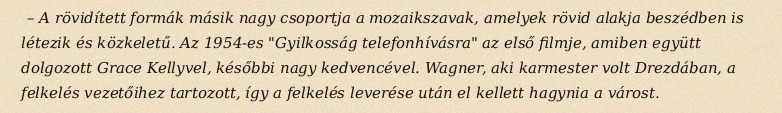
– A rövidített formák másik nagy csoportja a mozaikszavak, amelyek rövid alakja beszédben is létezik és közkeletű. Az 1954-es "Gyilkosság telefonhívásra" az első filmje, amiben együtt dolgozott Grace Kellyvel, későbbi nagy kedvencével. Wagner, aki karmester volt Drezdában, a felkelés vezetőihez tartozott, így a felkelés leverése után el kellett hagynia a várost.